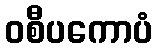
ဝစီပကောပံ